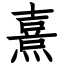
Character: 熹